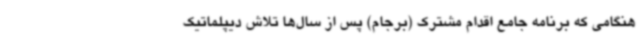
هنگامی که برنامه جامع اقدام مشترک (برجام) پس از سال‌ها تلاش دیپلماتیک